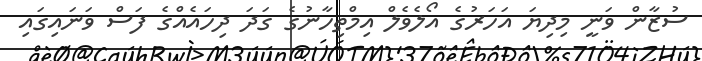
ސުޒާން ވަނީ މިދިޔަ އަހަރުގެ އޯލެވެލް އިމްތިހާނުގެ ގަދަ ދިހައެއްގެ ފަސް ވަނައިގައި